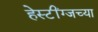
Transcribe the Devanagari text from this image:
हेस्टींग्जच्या